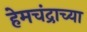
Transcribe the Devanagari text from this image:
हेमचंद्राच्या